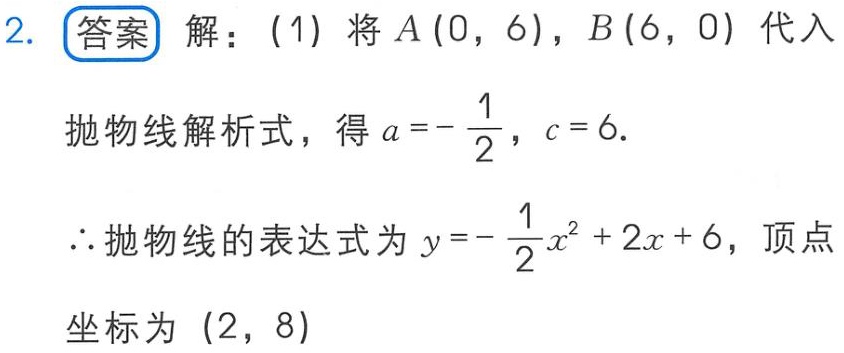
2. 答案 解：(1) 将 \(A(0,6)\)，\(B(6,0)\) 代入
抛物线解析式，得 \(a = -\frac{1}{2}\)，\(c = 6\).
\(\therefore\) 抛物线的表达式为 \(y = -\frac{1}{2}x^{2}+2x + 6\)，顶点
坐标为 \((2,8)\)